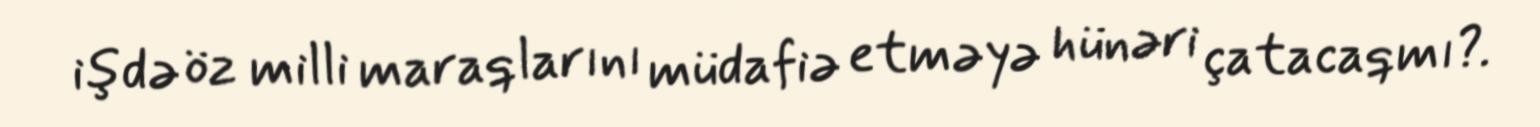
işdə öz milli maraqlarını müdafiə etməyə hünəri çatacaqmı?.